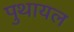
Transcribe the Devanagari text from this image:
पुथायल